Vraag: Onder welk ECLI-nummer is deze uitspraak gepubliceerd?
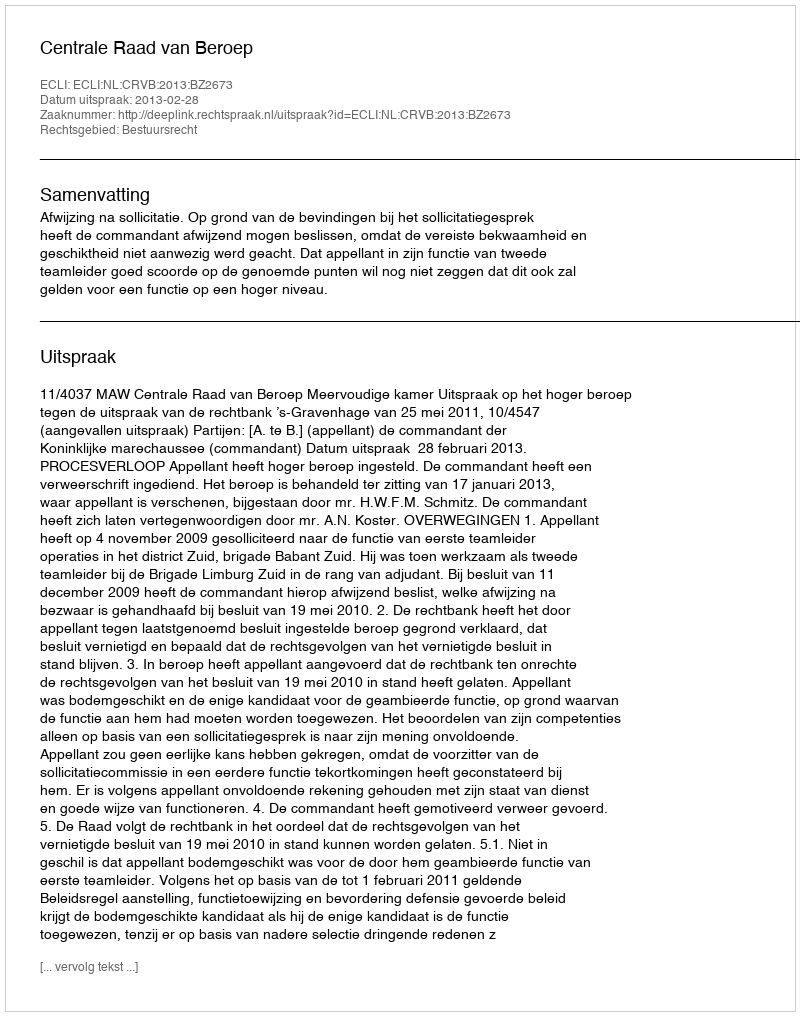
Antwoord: ECLI:NL:CRVB:2013:BZ2673